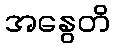
အနွေတိ